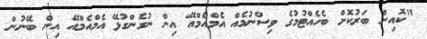
"ކޮއިން ބަރުކޮށް ބެހެއްޓުމުގެ ވިސްނުމެއް އެމްއެމްއޭ އިން ނުގެންގުޅޭ އެމްއެމްއޭ އިން ބޭނުން